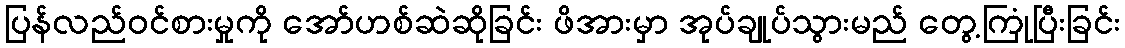
ပြန်လည်ဝင်စားမှုကို အော်ဟစ်ဆဲဆိုခြင်း ဖိအားမှာ အုပ်ချုပ်သွားမည် တွေ့ကြုံပြီးခြင်း